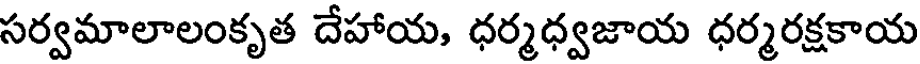
సర్వమాలాలంకృత దేహాయ, ధర్మధ్వజాయ ధర్మరక్షకాయ